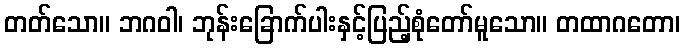
တတ်သော။ ဘဂဝါ၊ ဘုန်းခြောက်ပါးနှင့်ပြည့်စုံတော်မူသော။ တထာဂတော၊